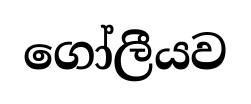
ගෝලීයව